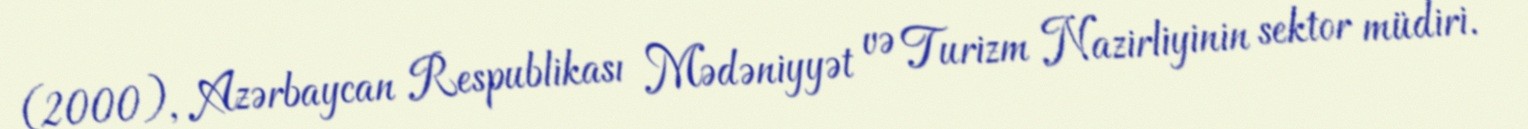
(2000), Azərbaycan Respublikası Mədəniyyət və Turizm Nazirliyinin sektor müdiri.